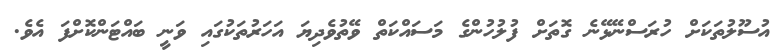
އުސޫލުތަކަށް ހުރަސްނޭޅޭނެ ގޮތަށް ފުލުހުންގެ މަސައްކަތް ވޭތުވެދިޔަ އަހަރުތަކުގައި ވަނީ ބައްޓަންކޮށްފަ އެވެ.